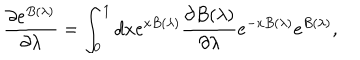
\frac { \partial e ^ { B ( \lambda ) } } { \partial \lambda } = \int _ { 0 } ^ { 1 } d x e ^ { x B ( \lambda ) } \frac { \partial B ( \lambda ) } { \partial \lambda } e ^ { - x B ( \lambda ) } e ^ { B ( \lambda ) } ,